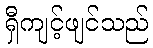
ရှီကျင့်ဖျင်သည်